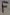
Text: F